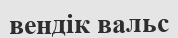
вендік вальс